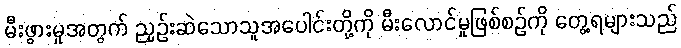
မီးဖွားမှုအတွက် ညှဉ်းဆဲသောသူအပေါင်းတို့ကို မီးလောင်မှုဖြစ်စဉ်ကို တွေ့ရများသည်